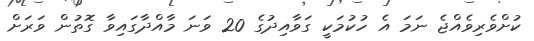
ކުށްވެރިވެއްޖެ ނަމަ އެ ހުކުމަކީ ގަވާއިދުގެ 20 ވަނަ މާއްދާގައިވާ ގޮތުން ވަރަށް